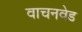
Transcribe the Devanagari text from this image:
वाचनवेड